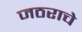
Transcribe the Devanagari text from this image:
जठराचे